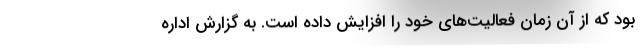
بود که از آن زمان فعالیت‌های خود را افزایش داده است. به گزارش اداره